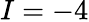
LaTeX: I=-4